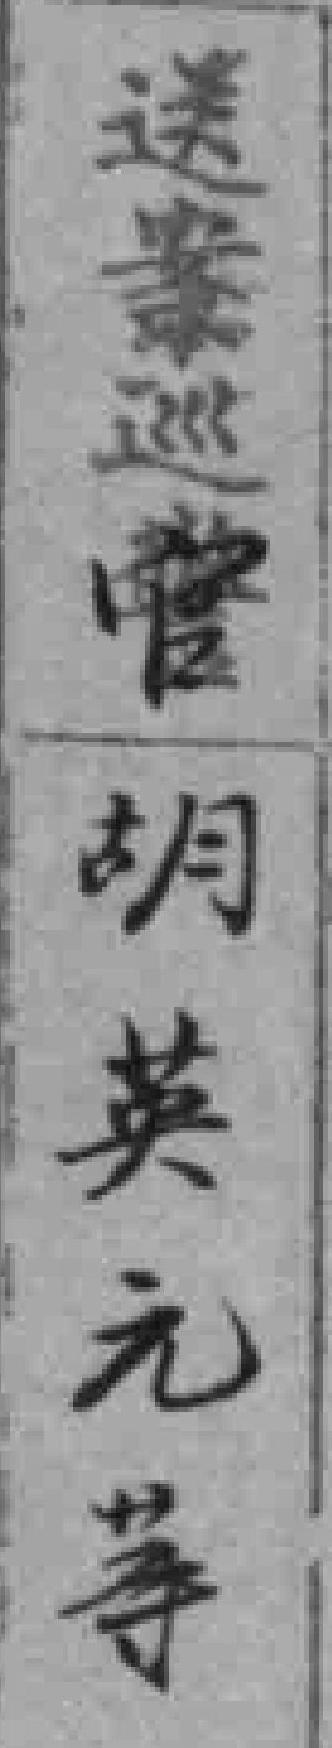
送案巡官胡英元等